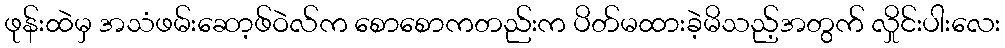
ဖုန်းထဲမှ အသံဖမ်းဆော့ဖ်ဝဲလ်က စောစောကတည်းက ပိတ်မထားခဲ့မိသည့်အတွက် လှိုင်းပါးလေး